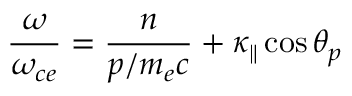
\frac { \omega } { \omega _ { c e } } = \frac { n } { p / m _ { e } c } + \kappa _ { \| } \cos \theta _ { p }